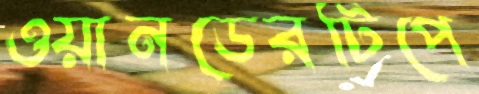
ওয়ানডেরটিপে